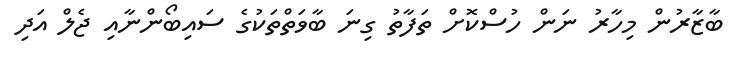
ބާޒާރުން މިހާރު ނަން ހުސްކޮށް ތަފާތު ގިނަ ބާވަތްތަކުގެ ސައިބޯންނާއި ޖެލް އަދި